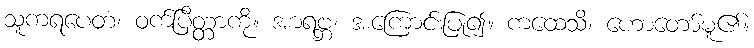
သူကရပေတံ၊ ဝက်ပြိတ္တာကို။ အာရဗ္ဘ၊ အကြောင်းပြု၍။ ကထေသိ၊ ဟောတော်မူ၏။